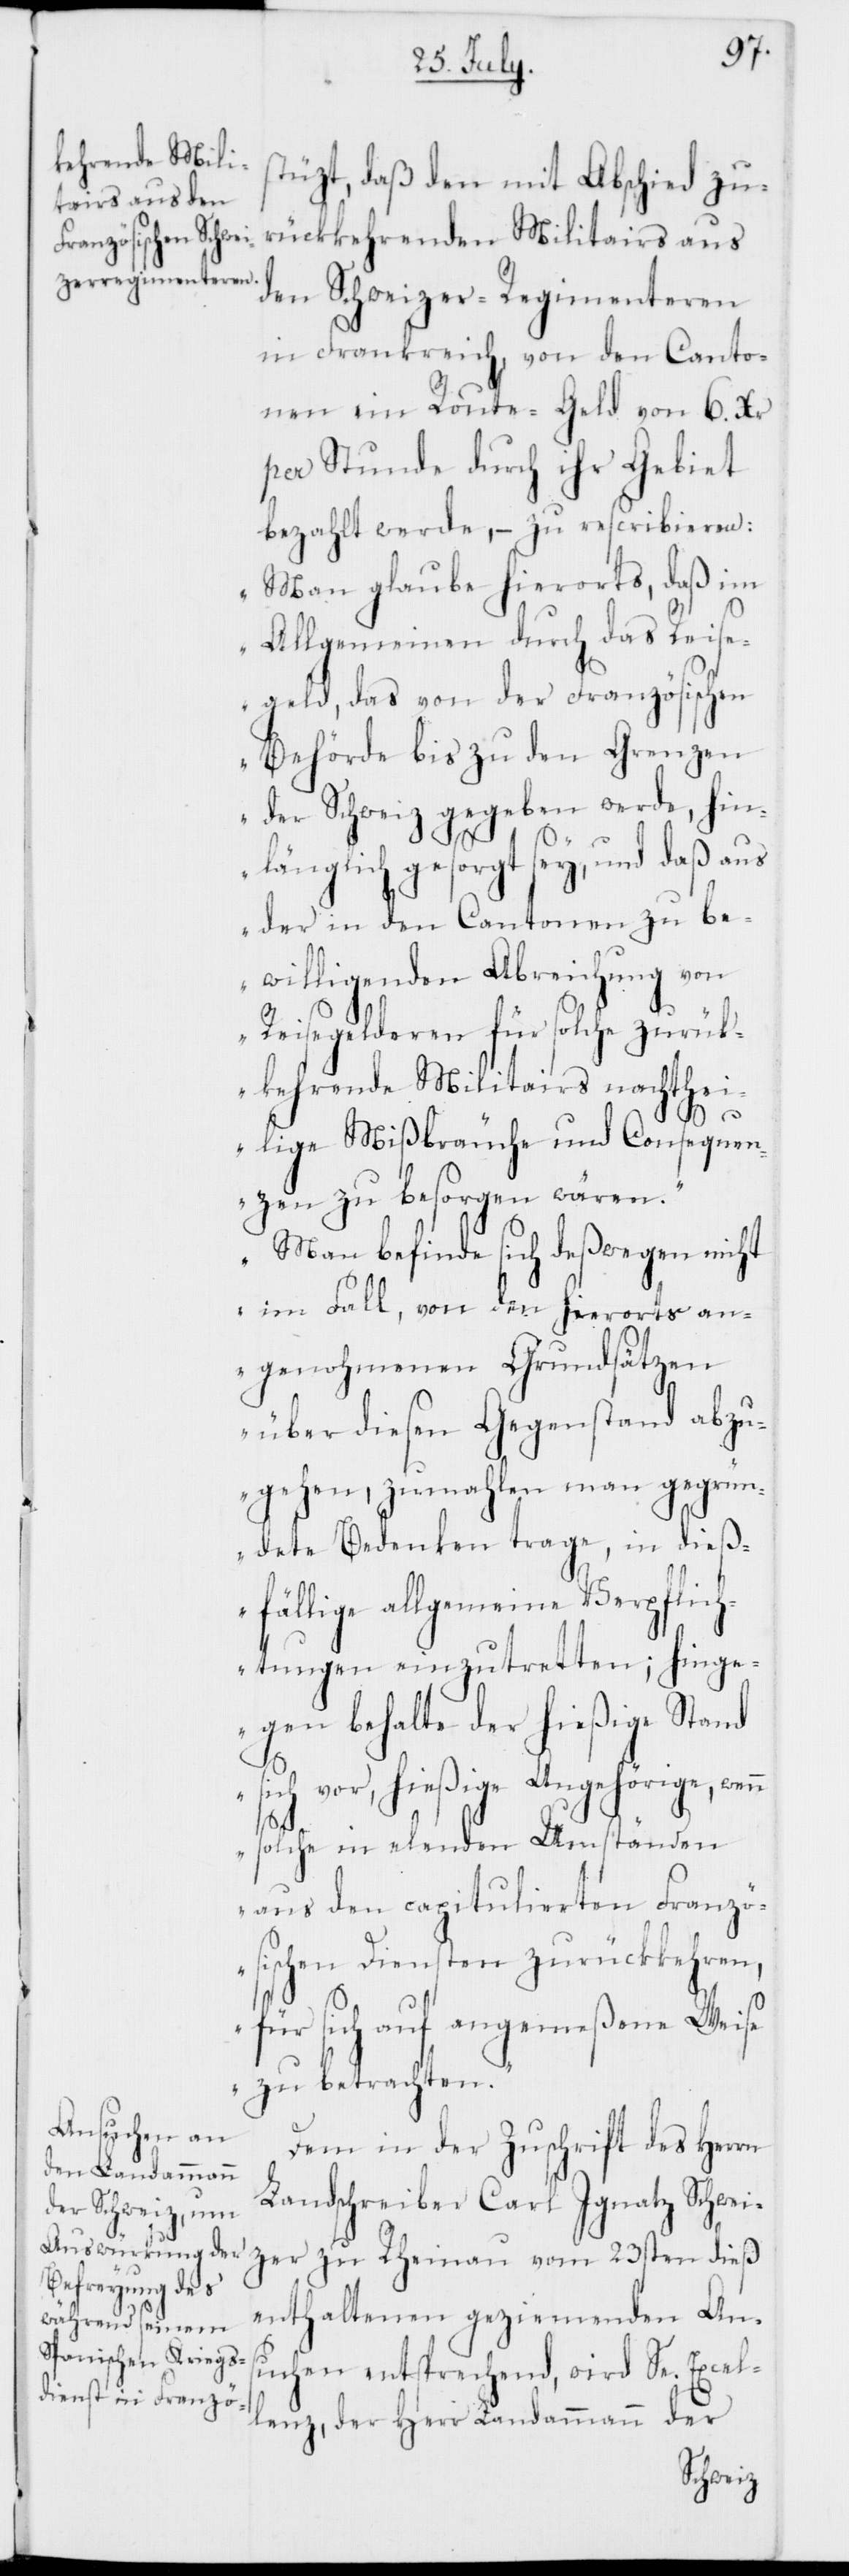
stüzt, daß den mit Abschied zu¬
rückkehrenden Militairs aus
den Schweizer-Regimenteren
in Frankreich, von den Canto¬
nen ein Route-Geld von 6 Xr
per Stunde durch ihr Gebiet
bezahlt werde, – zu rescribieren:
„Man glaube hierorts, daß im
Allgemeinen durch das Reise¬
geld, das von der Französischen
Behörde bis zu den Grenzen
der Schweiz gegeben werde, hin¬
länglich gesorgt sey, und daß aus
der in den Cantonen zu be¬
willigenden Abreichung von
Reisegelderen für solche zurück¬
kehrende Militairs nachthei¬
lige Mißbräuche und Consequen¬
zen zu besorgen wären.“
„Man befinde sich deßwegen nicht
im Fall, von den hierorts an¬
genohmenen Grundsätzen
über diesen Gegenstand abzu¬
gehen, zumahlen man gegrün¬
dete Bedenken trage, in dieß¬
fällige allgemeine Verpflich¬
tungen einzutretten; hinge¬
gen behalte der hießige Stand
sich vor, hießige Angehörige, wenn
solche in elenden Umständen
aus den capitulierten Franzö¬
sischen Diensten zurückkehren,
für sich auf angemeßene Weise
zu betrachten.“
Dem in der Zuschrift des Herrn
Landschreiber Carl Ignatz Schwei¬
zer zu Rheinau vom 23sten dieß
enthaltenen geziemenden An¬
suchen entsprechend, wird Se. Excel¬
lenz, der Herr Landammann der